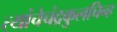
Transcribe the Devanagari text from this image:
त्यांचेचंद्रकुलचिन्ह